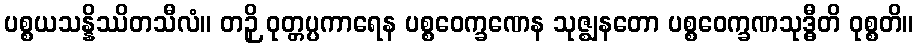
ပစ္စယသန္နိဿိတသီလံ။ တဉှိ ဝုတ္တပ္ပကာရေန ပစ္စဝေက္ခဏေန သုဇ္ဈနတော ပစ္စဝေက္ခဏသုဒ္ဓီတိ ဝုစ္စတိ။